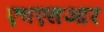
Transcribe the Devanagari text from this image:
एचएसआर